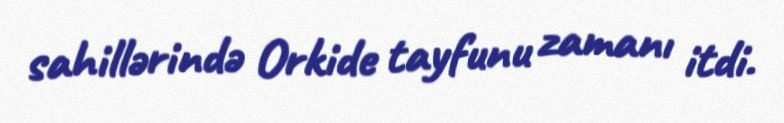
sahillərində Orkide tayfunu zamanı itdi.